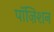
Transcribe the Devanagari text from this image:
पॉज़िशन